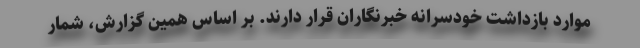
موارد بازداشت خودسرانه خبرنگاران قرار دارند. بر اساس همین گزارش، شمار